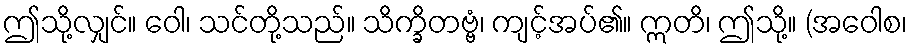
ဤသို့လျှင်။ ဝေါ၊ သင်တို့သည်။ သိက္ခိတဗ္ဗံ၊ ကျင့်အပ်၏။ ဣတိ၊ ဤသို့။ (အဝေါစ၊